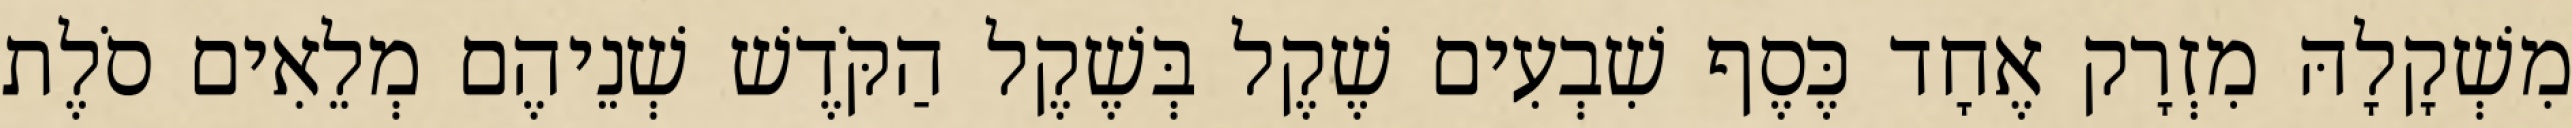
מִשְׁקָלָהּ מִזְרָק אֶחָד כֶּסֶף שִׁבְעִים שֶׁקֶל בְּשֶׁקֶל הַקֹּדֶשׁ שְׁנֵיהֶם מְלֵאִים סֹלֶת